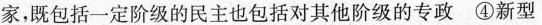
家，既包括一定阶级的民主也包括对其他阶级的专政④新型